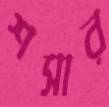
শসার